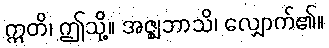
ဣတိ၊ ဤသို့။ အဇ္ဈဘာသိ၊ လျှောက်၏။